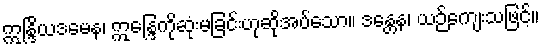
ဣန္ဒြိယဒမေန၊ ဣန္ဒြေကိုဆုံးမခြင်းဟုဆိုအပ်သော။ ဒန္တေန၊ ယဉ်ကျေးသဖြင့်။